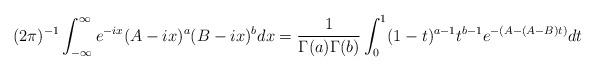
LaTeX: \begin{align*} (2\pi)^{-1} \int_{-\infty}^{\infty} e^{-ix} (A - ix)^a ( B - ix)^b dx = \frac{1 }{\Gamma(a) \Gamma(b) }\int_0^1 (1-t)^{a-1} t^{b-1} e^{-(A - (A-B)t)} dt \end{align*}